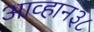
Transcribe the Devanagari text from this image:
आव्हान३८